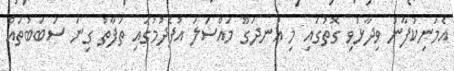
އެމަނިކުފާނު ވިދާޅުވި ގޮތުގައި މި އުނދަގޫ މައްސަލަ އުފެދުމުގައި ތަފާތު ގިނަ ސަބަބުތައް